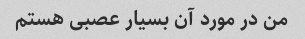
من در مورد آن بسیار عصبی هستم